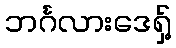
ဘင်္ဂလားဒေရှ့်